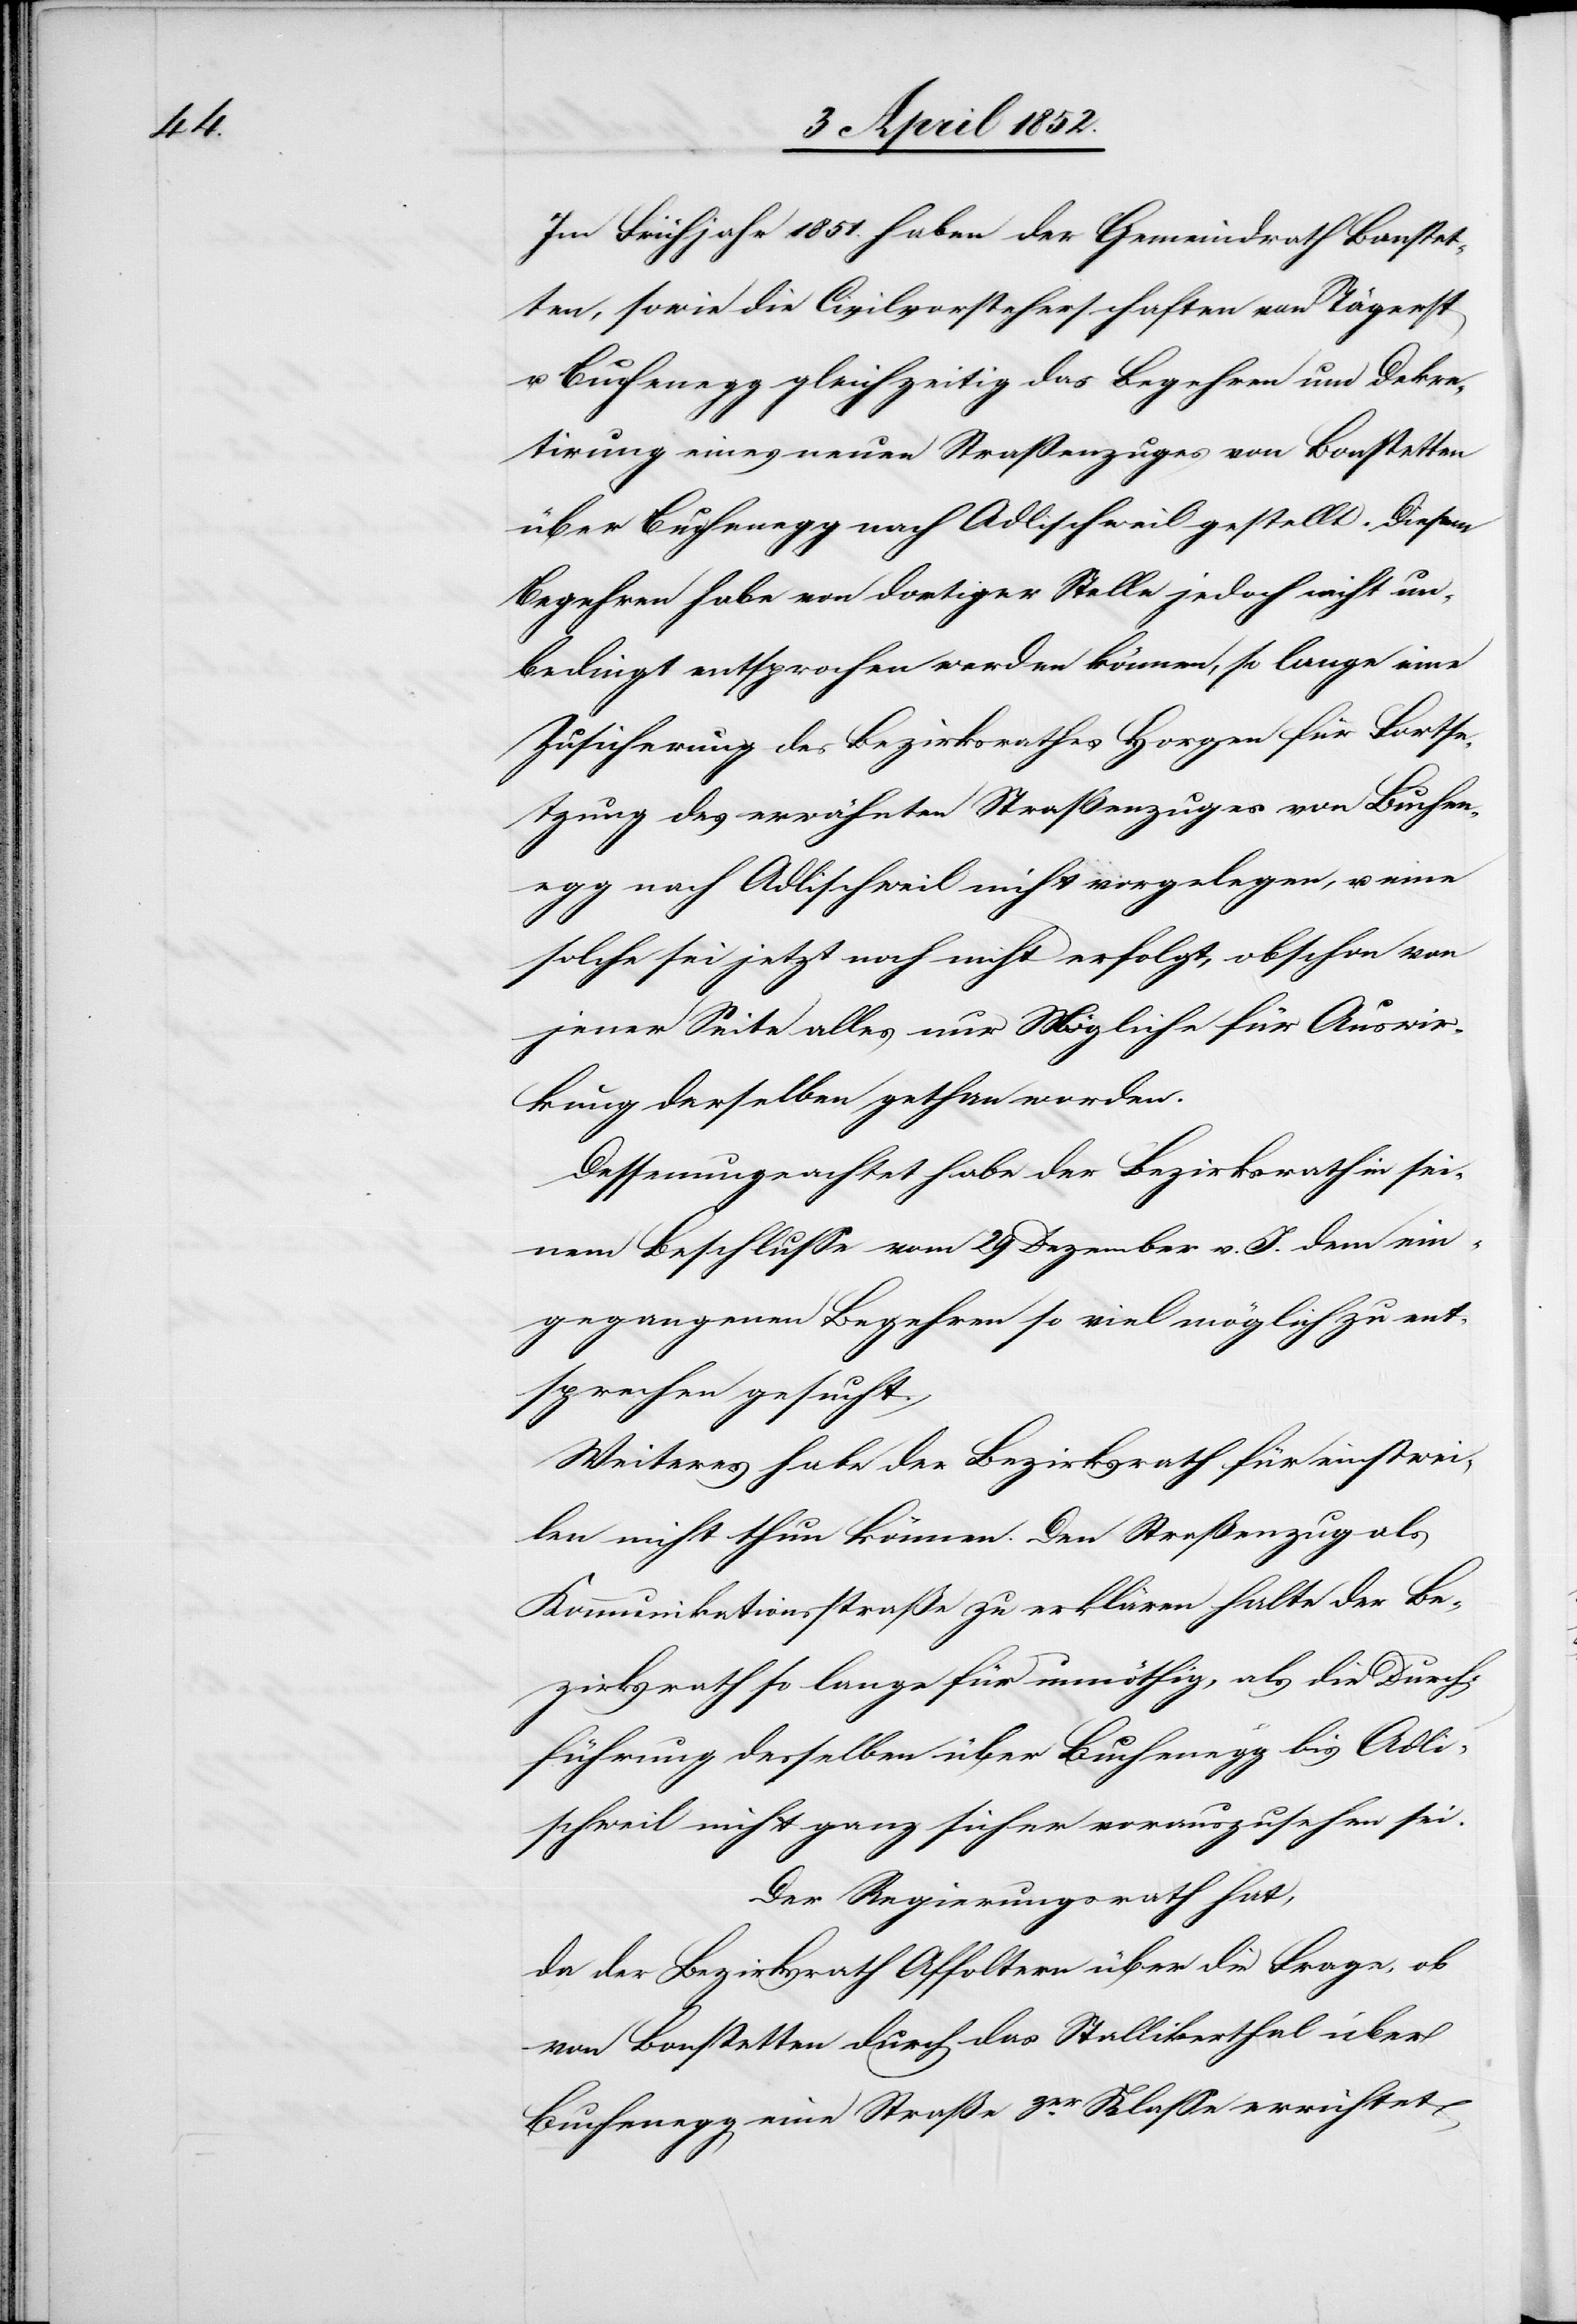
Im Frühjahr 1851. haben der Gemeindrath Bonstet¬
ten, sowie die Civilvorsteherschaften von Tägerst
u. Buchenegg gleichzeitig das Begehren um Dekre¬
tirung eines neuen Straßenzuges von Bonstetten
über Buchenegg nach Adlischweil gestellt. Diesem
Begehren habe von dortiger Stelle jedoch nicht un¬
bedingt entsprochen werden können, so lange eine
Zusicherung des Bezirksrathes Horgen für Fortse¬
tzung des erwähnten Straßenzuges von Buchene¬
gg nach Adlischweil nicht vorgelegen, u. eine
solche sei jetzt noch nicht erfolgt, obschon von
jener Seite alles nur Mögliche für Auswir¬
kung derselben gethan worden.
Dessenungeachtet habe der Bezirksrath in sei¬
nem Beschlusse vom 29 Dezember v. J. dem ein¬
gegangenen Begehren so viel möglich zu ent¬
sprechen gesucht.
Weiteres habe der Bezirksrath für einstwei¬
len nicht thun können. Den Straßenzug als
Kommunikationsstraße zu erklären halte der Be¬
zirksrath so lange für unnöthig, als die Durch¬
führung desselben über Buchenegg bis Adli¬
schweil nicht ganz sicher vorauszusehen sei.
Der Regierungsrath hat,
da der Bezirksrath Affoltern über die Frage, ob
von Bonstetten durch das Stallikerthal über
Buchenegg eine Straße 3er. Klasse errichtet